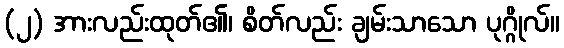
(၂) အားလည်းထုတ်၏၊ စိတ်လည်း ချမ်းသာသော ပုဂ္ဂိုလ်။